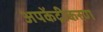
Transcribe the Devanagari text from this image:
अपकेंद्रीकरण